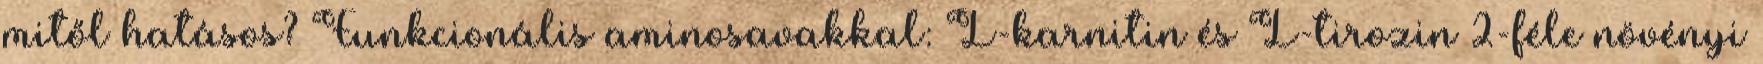
mitől hatásos? Funkcionális aminosavakkal: L-karnitin és L-tirozin 2-féle növényi